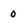
Character: 0